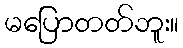
မပြောတတ်ဘူး။